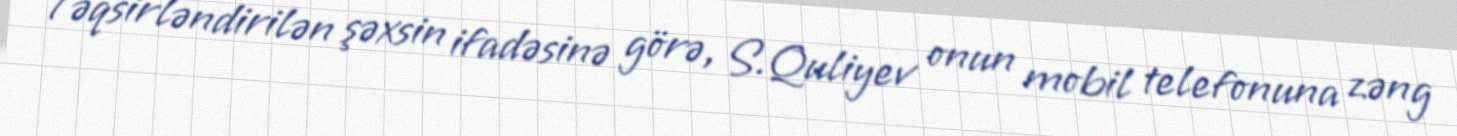
Təqsirləndirilən şəxsin ifadəsinə görə, S.Quliyev onun mobil telefonuna zəng